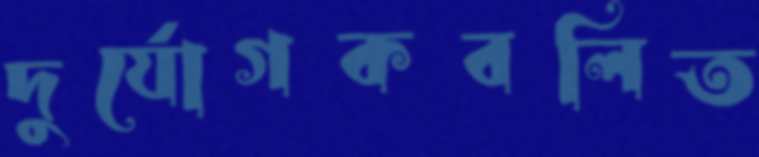
দুর্যোগকবলিত